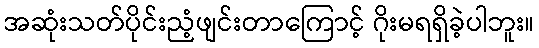
အဆုံးသတ်ပိုင်းညံ့ဖျင်းတာကြောင့် ဂိုးမရရှိခဲ့ပါဘူး။